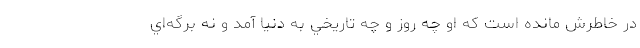
در خاطرش مانده است كه او چه روز و چه تاريخي به دنيا آمد و نه برگه‌اي